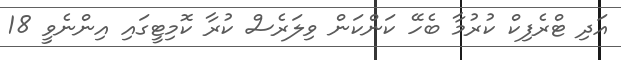
އަދި ޓްރެފިކް ކުރުމާ ބެހޭ ކަންކަން ވިލަރެސް ކުރާ ކޮމިޓީގައި އިންނެވީ 18